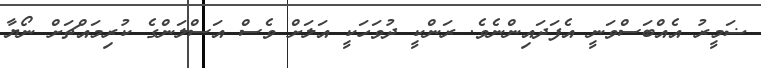
ޟަމީރު އެއްބަސްވަނީ އެފަދައިންނެވެ. ރަންކީ ދުވަހަކީ އަލަށް ވެސް އަސްލަންގެ ކުރިމައްޗަށް ނޯޔާ